Vaccination in Burma 1900-1911 - 1900-1911
Year: 1900
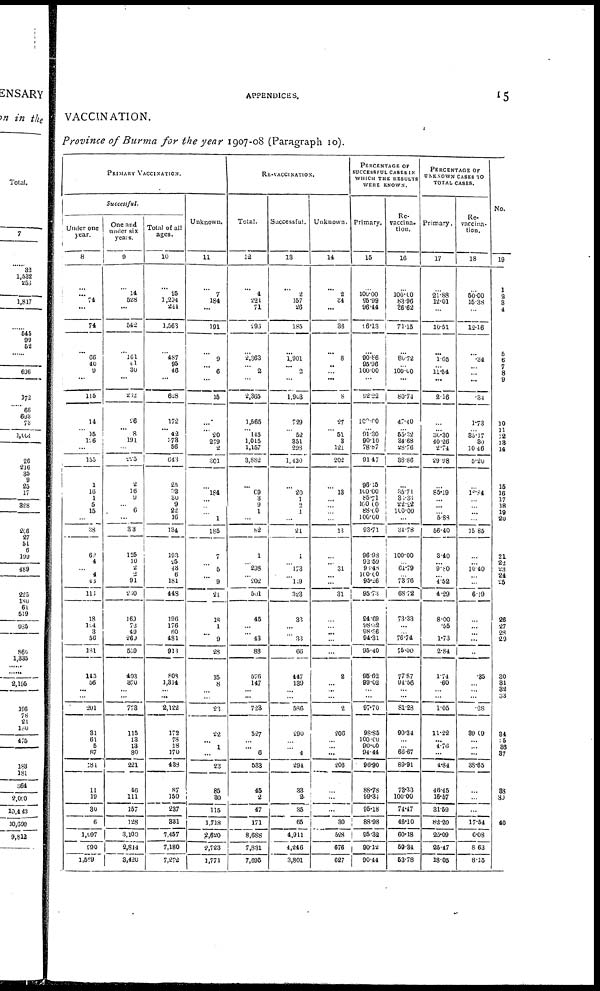
APPENDICES.
15
VACCINATION.
Province of Burma for the year 1907-08 (Paragraph 10).
PRIMARY VACCINATION.
Successful.
Under one
year.
8
...
... 74
...
74
...
66
40
9
...
115
14
...
15
126
...
155
1
16
1
5
15
...
38
62
4
...
4
48
113
18
104
3
56
181
145
56
...
...
201
31
61
5
87
181
11
19
30
6
1,097
990
1,569
One and
under six
years.
9
...
14
528
...
542
...
161
41
30
...
232
26
...
8
191
...
225
2
16
9
...
6
...
33
125
10
2
2
91
230
169
73
49
260
559
403
370
... ...
773
115
13
13
80
221
46
111
157
128
3,100
2,844
3,420
Total of all
ages.
10
...
25
1,294
241
1,563
...
487
95
46
...
628
172
... 42 373
56
643
25
32
30
9
22
16
134
193
25
43
6
181
448
196
176
60
481
913
808
1,314
... ...
2,122
172
78
18
170
438
87
150
237
331
7,457
7,180
7,272
Unknown.
11
...
7
184
...
191
...
9
... 6
...
15
...
...
20
279
2
301
...
184
...
...
...
1
185
7
...
5
...
9
21
18
1
...
9
28
15
8
...
...
23
22
...
1
...
23
85
30
115
1,718
2,620
2,723
1,771
RE-VACCINATION.
Total.
12
...
4
221
71
293
...
2,363
...
2
...
2,365
1,565
...
145
1,015
1,157
3,882
...
69
3
9
1
...
82
1
... 298
... 202
501
45
...
...
43
88
576
147
... ...
723
527
...
...
6
533
45
2
47
171
8,688
7,831
7,695
Successful.
13
...
2
157
26
185
...
1,901
... 2
...
1,903
729
...
52
351
298
1,430
...
20
1
2
1
...
24
1
...
173
...
119
323
33
...
...
33
66
447
139
...
...
586
290
...
...
4
294
33
2
35
65
4,911
4,246
3,801
Unknown.
14
...
2
34
...
36
...
8
...
...
...
8
27
...
51
3
121
202
...
13
...
...
...
...
13
...
...
31
...
...
31
...
... ...
...
...
2
... ...
...
2
206
...
... ...
206
...
...
...
30
528
676
627
PERCENTAGE OF
SUCCESSFUL CASES IN
WHICH THE RESULTS
WERE KNOWN.
Primary.
15
...
100.00
95.99
96.44
96.13
...
90.86
95.96
100.00
...
92.22
100.00
... 91.30
90.10
78.87
91.47
96.15
100.00
85.71
100.00
88.60
100.00
93.71
96.98
92.59
93.48
100.00
95.26
95.73
94.69
98.32
98.36
94.31
95.40
95.62
99.02
...
...
97.70
98.85
100.00
90.00
94.44
96.90
88.78
99.34
95.18
88.98
95.32
90.12
90.44
Re-
vaccina-
tion.
16
...
100.00
83.96
36.62
71.15
...
80.72
... 100.00
...
80.74
47.40
... 55.32
34.68
28.76
38.86
...
35.71
36.33
22.22
100.00
...
31.78
100.00
... 64.79
... 73.76
68.72
73.33
...
... 76.74
75.00
77.87
94.56
...
...
81.28
90.34
...
... 66.67
89.91
78.33
100.00
74.47
46.10
60.18
59.34
53.78
PERCENTAGE OF
UNKNOWN CASES TO
TOTAL CASES.
Primary.
17
...
21.88
12.01
...
10.51
...
1.65
... 11.54
...
2.16
...
... 30.30
40.26
2.74
29.98
...
85.19
...
...
... 5.83
56.40
3.40
... 9.80
... 4.52
4.29
8.00
.55
... 1.73
2.84
1.74
.60
...
...
1.05
11.22
... 4.76
...
4.84
46.45
16.57
31.59
82.20
25.09
25.47
18.05
Re-
vaccina-
tion.
18
...
50.00
15.38
...
12.16
...
.34
...
...
...
.34
1.73
... 35.17
30
10.46
5.20
...
18.84
...
...
...
...
15.85
...
... 10.40
...
...
6.19
...
... ...
...
...
.35
... ...
...
.28
39.09
...
...
...
38.65
...
...
...
17.54
6.08
8.63
8.15
No.
19
1
2
3
4
5
6
7
8
9
10
11
12
13
14
15
16
17
18
19
20
21
22 23
24
25
26
27
28
29
30
31
32
33
34
35
36
37
38
39
40